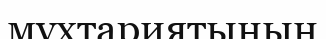
мұхтариятының